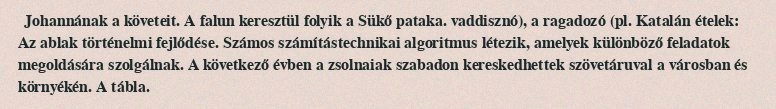
Johannának a követeit. A falun keresztül folyik a Sükő pataka. vaddisznó), a ragadozó (pl. Katalán ételek: Az ablak történelmi fejlődése. Számos számítástechnikai algoritmus létezik, amelyek különböző feladatok megoldására szolgálnak. A következő évben a zsolnaiak szabadon kereskedhettek szövetáruval a városban és környékén. A tábla.